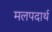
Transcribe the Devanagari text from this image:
मलपदार्थ